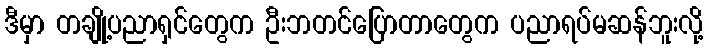
ဒီမှာ တချို့ပညာရှင်တွေက ဦးဘတင်ပြောတာတွေက ပညာရပ်မဆန်ဘူးလို့